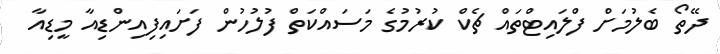
ދޭތޯ ބެލުމަށް ފްލައިޓްތައް ޗެކް ކުރުމުގެ މަސައްކަތް ފުލުހުން ފަށައިފިއިންޑިއާ މީޑިއާ